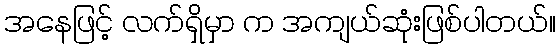
အနေဖြင့် လက်ရှိမှာ က အကျယ်ဆုံးဖြစ်ပါတယ်။